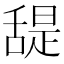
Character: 𦧧